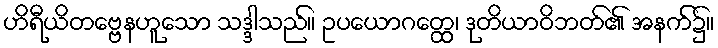
ဟိရီယိတဗ္ဗေနဟူသော သဒ္ဒါသည်။ ဥပယောဂတ္ထေ၊ ဒုတိယာဝိဘတ်၏ အနက်၌။